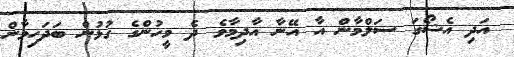
އަދި އެޝޯގަ ސަލްމާން އާ އޭނާ އާދިމާވެ ދެ މީހުންގެ ގުޅުން ބަދަހިވާން